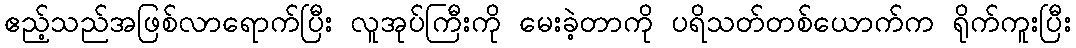
ဧည့်သည်အဖြစ်လာရောက်ပြီး လူအုပ်ကြီးကို မေးခဲ့တာကို ပရိသတ်တစ်ယောက်က ရိုက်ကူးပြီး